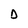
Character: D